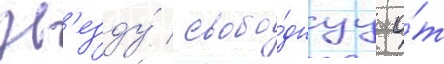
зв'езду́ / свобо́днуу о́т